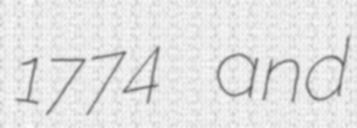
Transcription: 1774 and